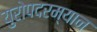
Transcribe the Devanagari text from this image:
युरोपदरम्यान